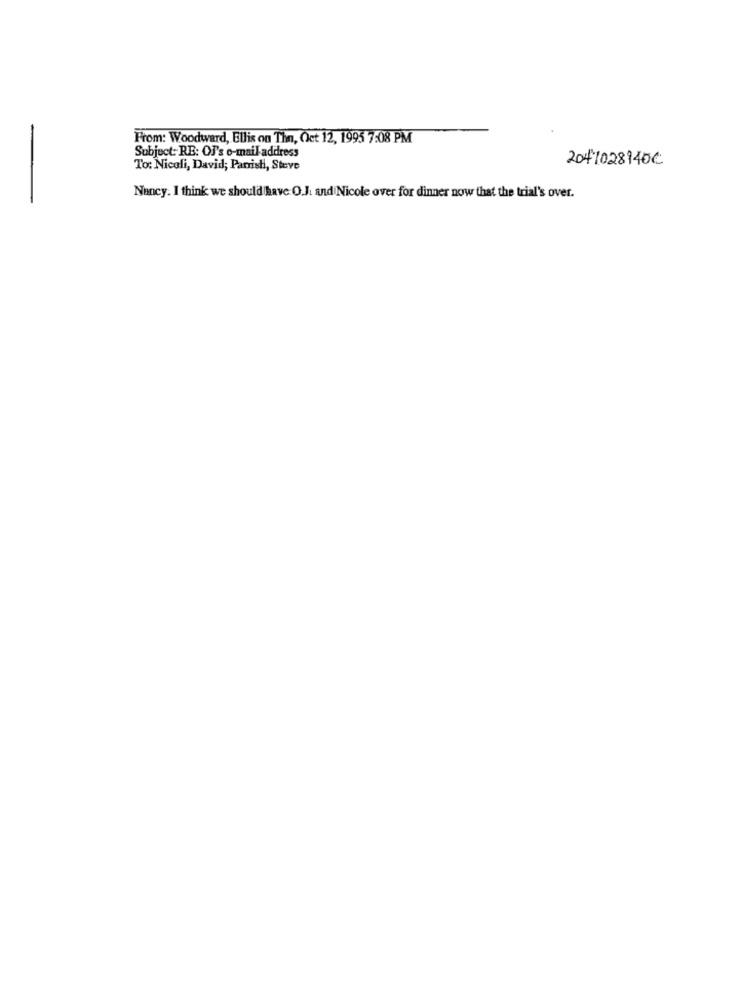
From: Woodward, Ellis on Thn, Oct 12, 1995 7:08 PM
Subject:RE: OF's o-mail address
2041028140€
To: Nicoli, David; Panish, Steve
Nancy. I think we should have O.J. and Nicole over for dinner now that the trial's over.